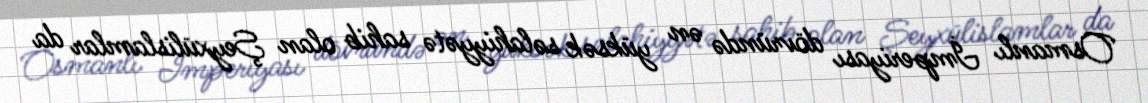
Osmanlı İmperiyası dövründə ən yüksək səlahiyyətə sahib olan Şeyxülislamlar da